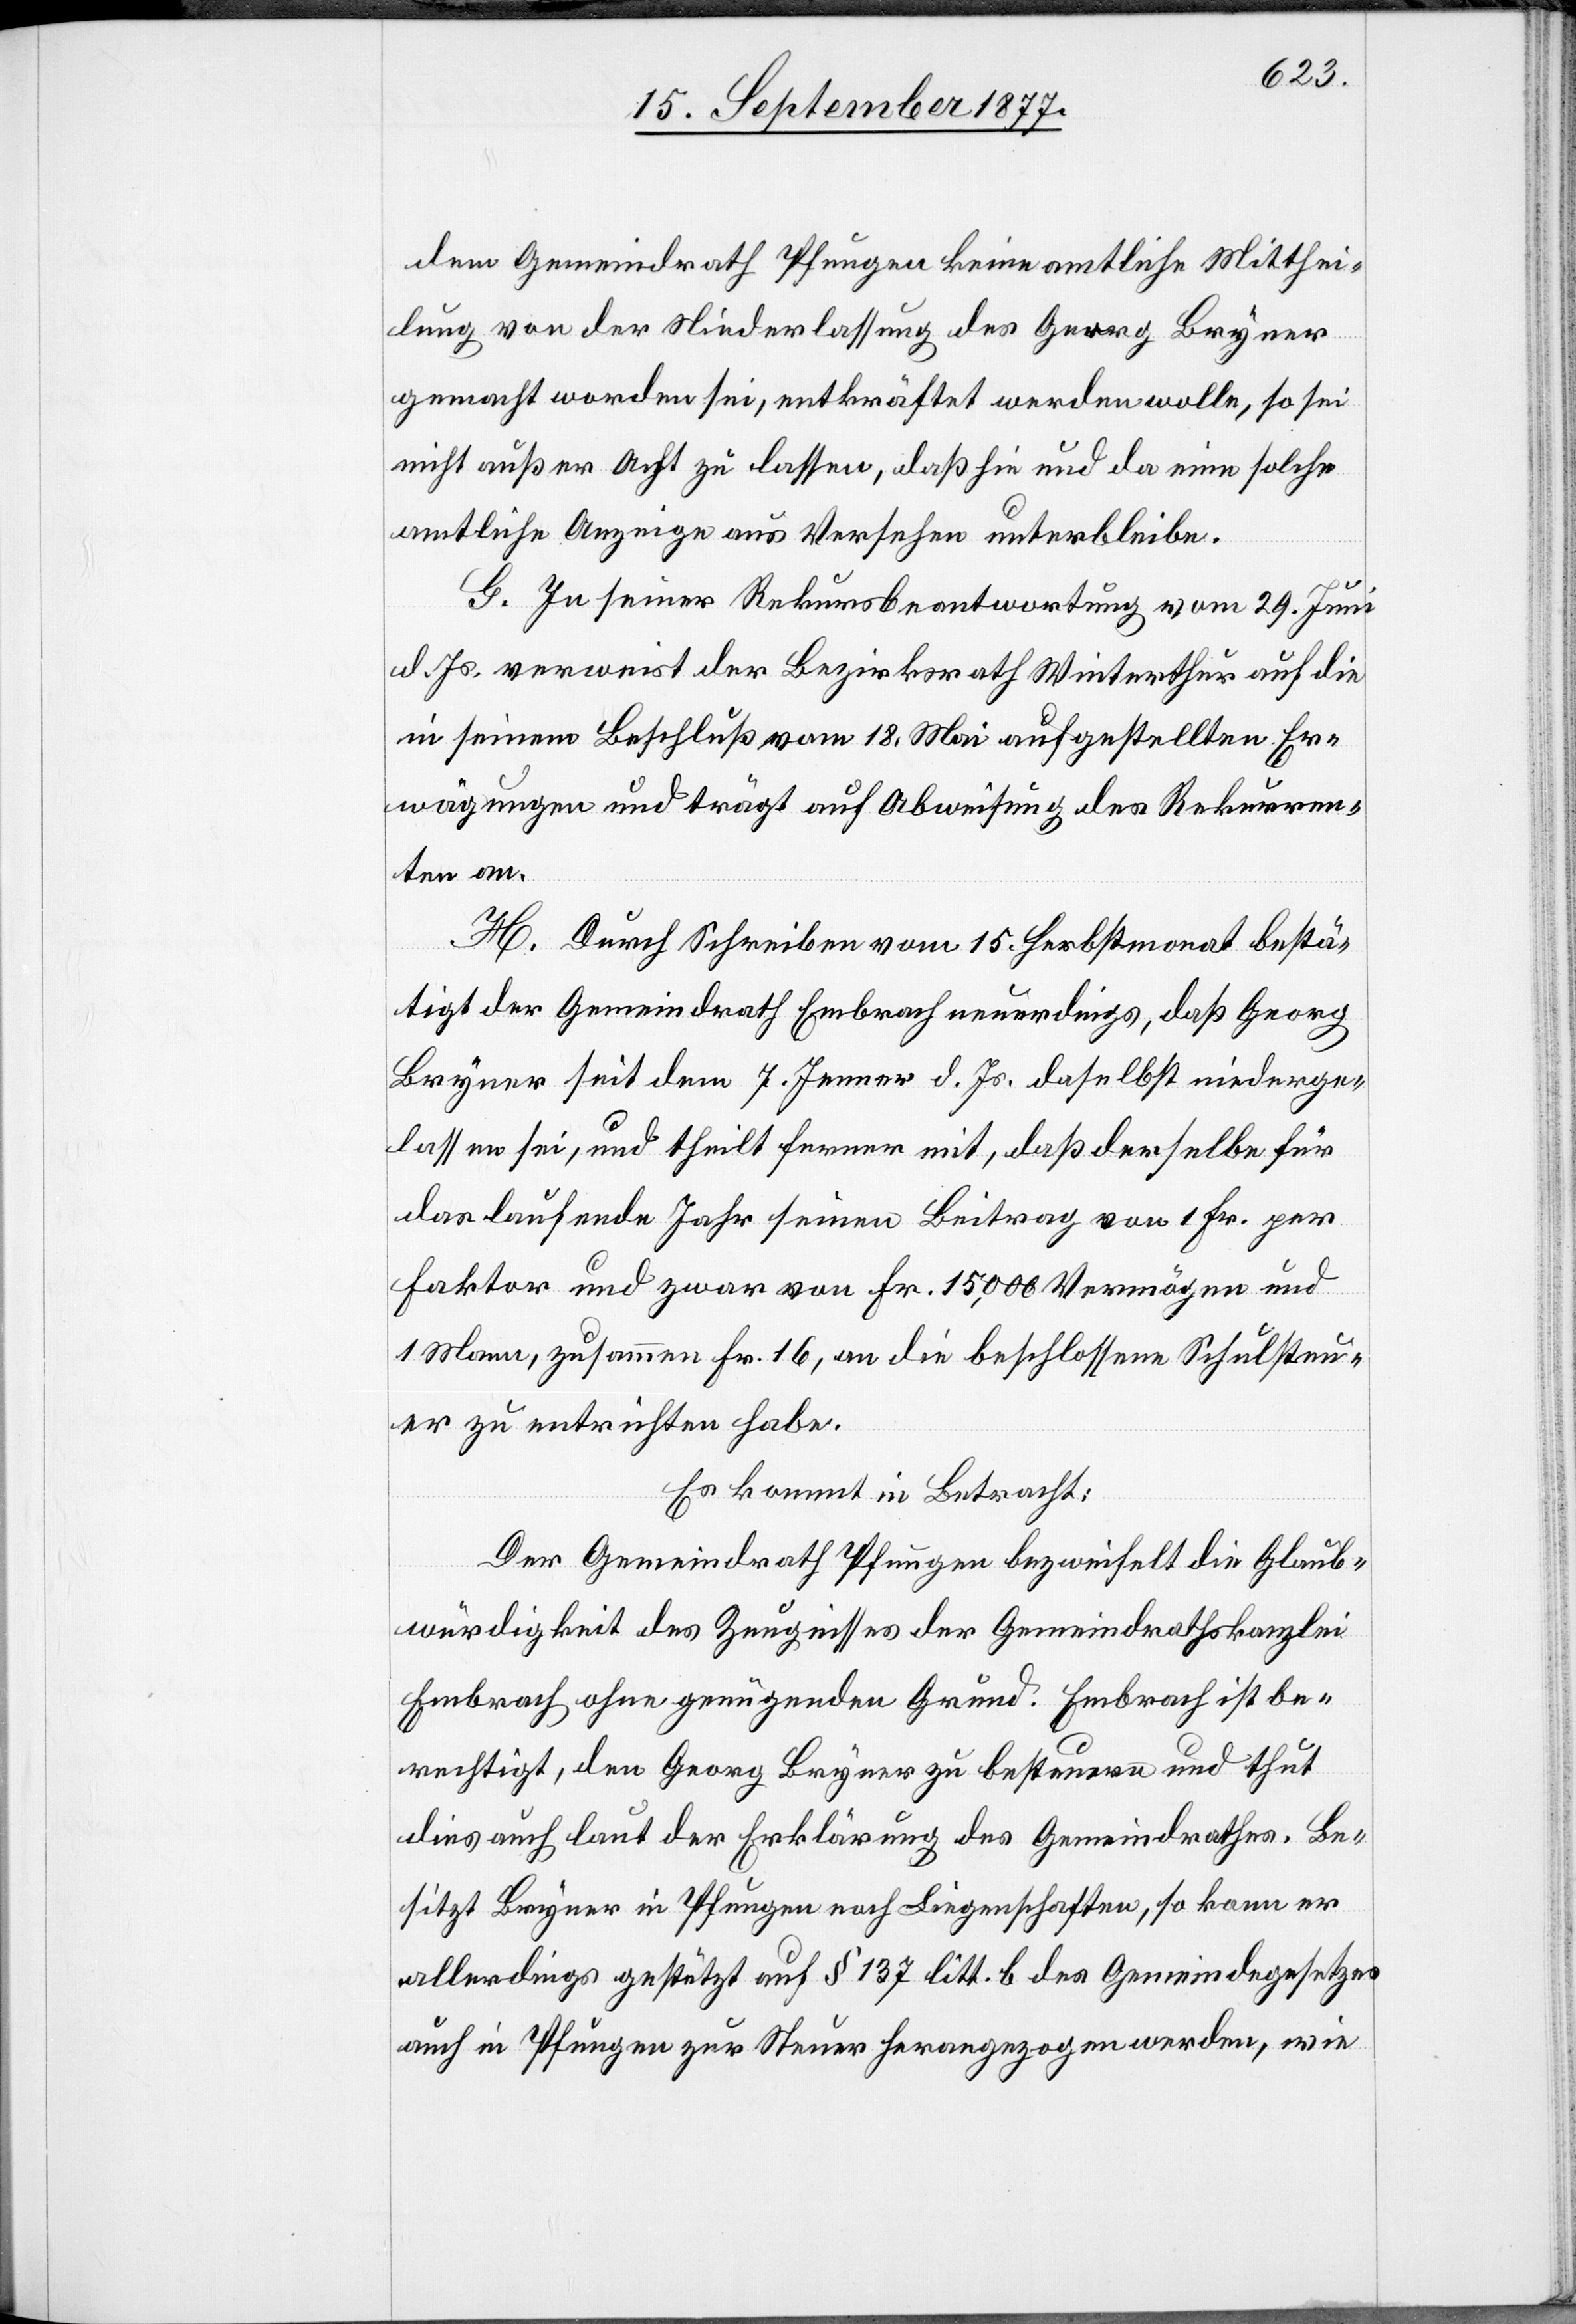
dem Gemeindrath Pfungen keine amtliche Mitthei¬
lung von der Niederlassung des Georg Bryner
gemacht worden sei, entkräftet werden wolle, so sei
nicht außer Acht zu lassen, daß hie und da eine solche
amtliche Anzeige aus Versehen unterbleibe.
G. In seiner Rekursbeantwortung vom 29. Juni
d. Js. verweist der Bezirksrath Winterthur auf die
in seinem Beschluß vom 18. Mai aufgestellten Er¬
wägungen und trägt auf Abweisung des Rekurren¬
ten an.
H. Durch Schreiben vom 15. Herbstmonat bestä¬
tigt der Gemeindrath Embrach neuerdings, daß Georg
Bryner seit dem 7. Jenner d. Js. daselbst niederge¬
lassen sei, und theilt ferner mit, daß derselbe für
das laufende Jahr seinen Beitrag von 1 Fr. per
Faktor und zwar von Fr. 15,000 Vermögen und
1 Mann, zusammen Fr. 16, an die beschlossene Schulsteu¬
er zu entrichten habe.
Es kommt in Betracht:
Der Gemeindrath Pfungen bezweifelt die Glaub¬
würdigkeit des Zeugnisses der Gemeindrathskanzlei
Embrach ohne genügenden Grund. Embrach ist be¬
rechtigt, den Georg Bryner zu besteuern und thut
dies auch laut der Erklärung des Gemeindrathes. Be¬
sitzt Bryner in Pfungen noch Liegenschaften, so kann er
allerdings gestützt auf § 137 litt. b des Gemeindegesetzes
auch in Pfungen zur Steuer herangezogen werden, wie